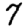
Digit: 7